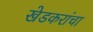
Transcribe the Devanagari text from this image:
खेडकरांचा